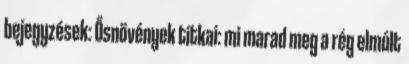
bejegyzések: Ősnövények titkai: mi marad meg a rég elmúlt